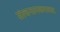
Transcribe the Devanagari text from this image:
संरचनात्मकतावाद